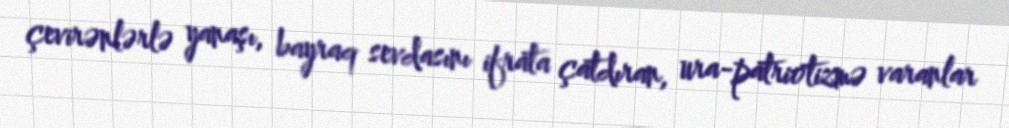
çevirənlərlə yanaşı, bayraq sevdasını ifrata çatdıran, ura-patriotizmə varanlar